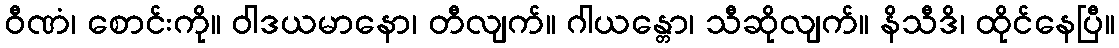
ဝီဏံ၊ စောင်းကို။ ဝါဒယမာနော၊ တီလျက်။ ဂါယန္တော၊ သီဆိုလျက်။ နိသီဒိ၊ ထိုင်နေပြီ။